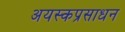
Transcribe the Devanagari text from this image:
अयस्कप्रसाधन